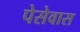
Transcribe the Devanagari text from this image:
पेसेवास